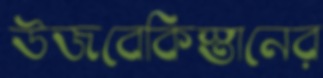
উজবেকিস্তানের